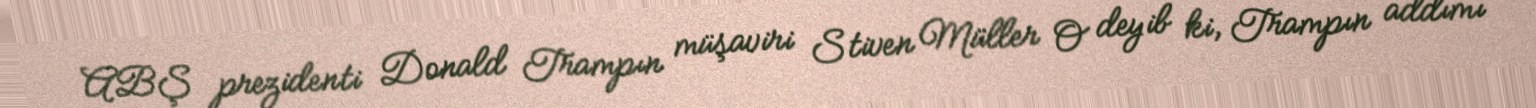
ABŞ prezidenti Donald Trampın müşaviri Stiven Müller O deyib ki, Trampın addımı